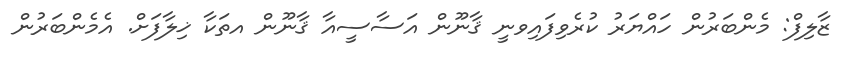
ޒާލިފް: މެންބަރުން ހައްޔަރު ކުރެވިފައިވނީ ޤާނޫން އަސާސީއާ ޤާނޫން އތަކާ ޚިލާފަށް. އެމެންބަރުން